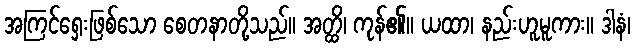
အကြင်ရှေးဖြစ်သော စေတနာတို့သည်။ အတ္ထိ၊ ကုန်၏။ ယထာ၊ နည်းဟူမူကား။ ဒါနံ၊